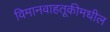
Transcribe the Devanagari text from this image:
विमानवाहतूकीमधील